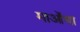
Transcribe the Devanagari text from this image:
माओंचा